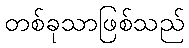
တစ်ခုသာဖြစ်သည်